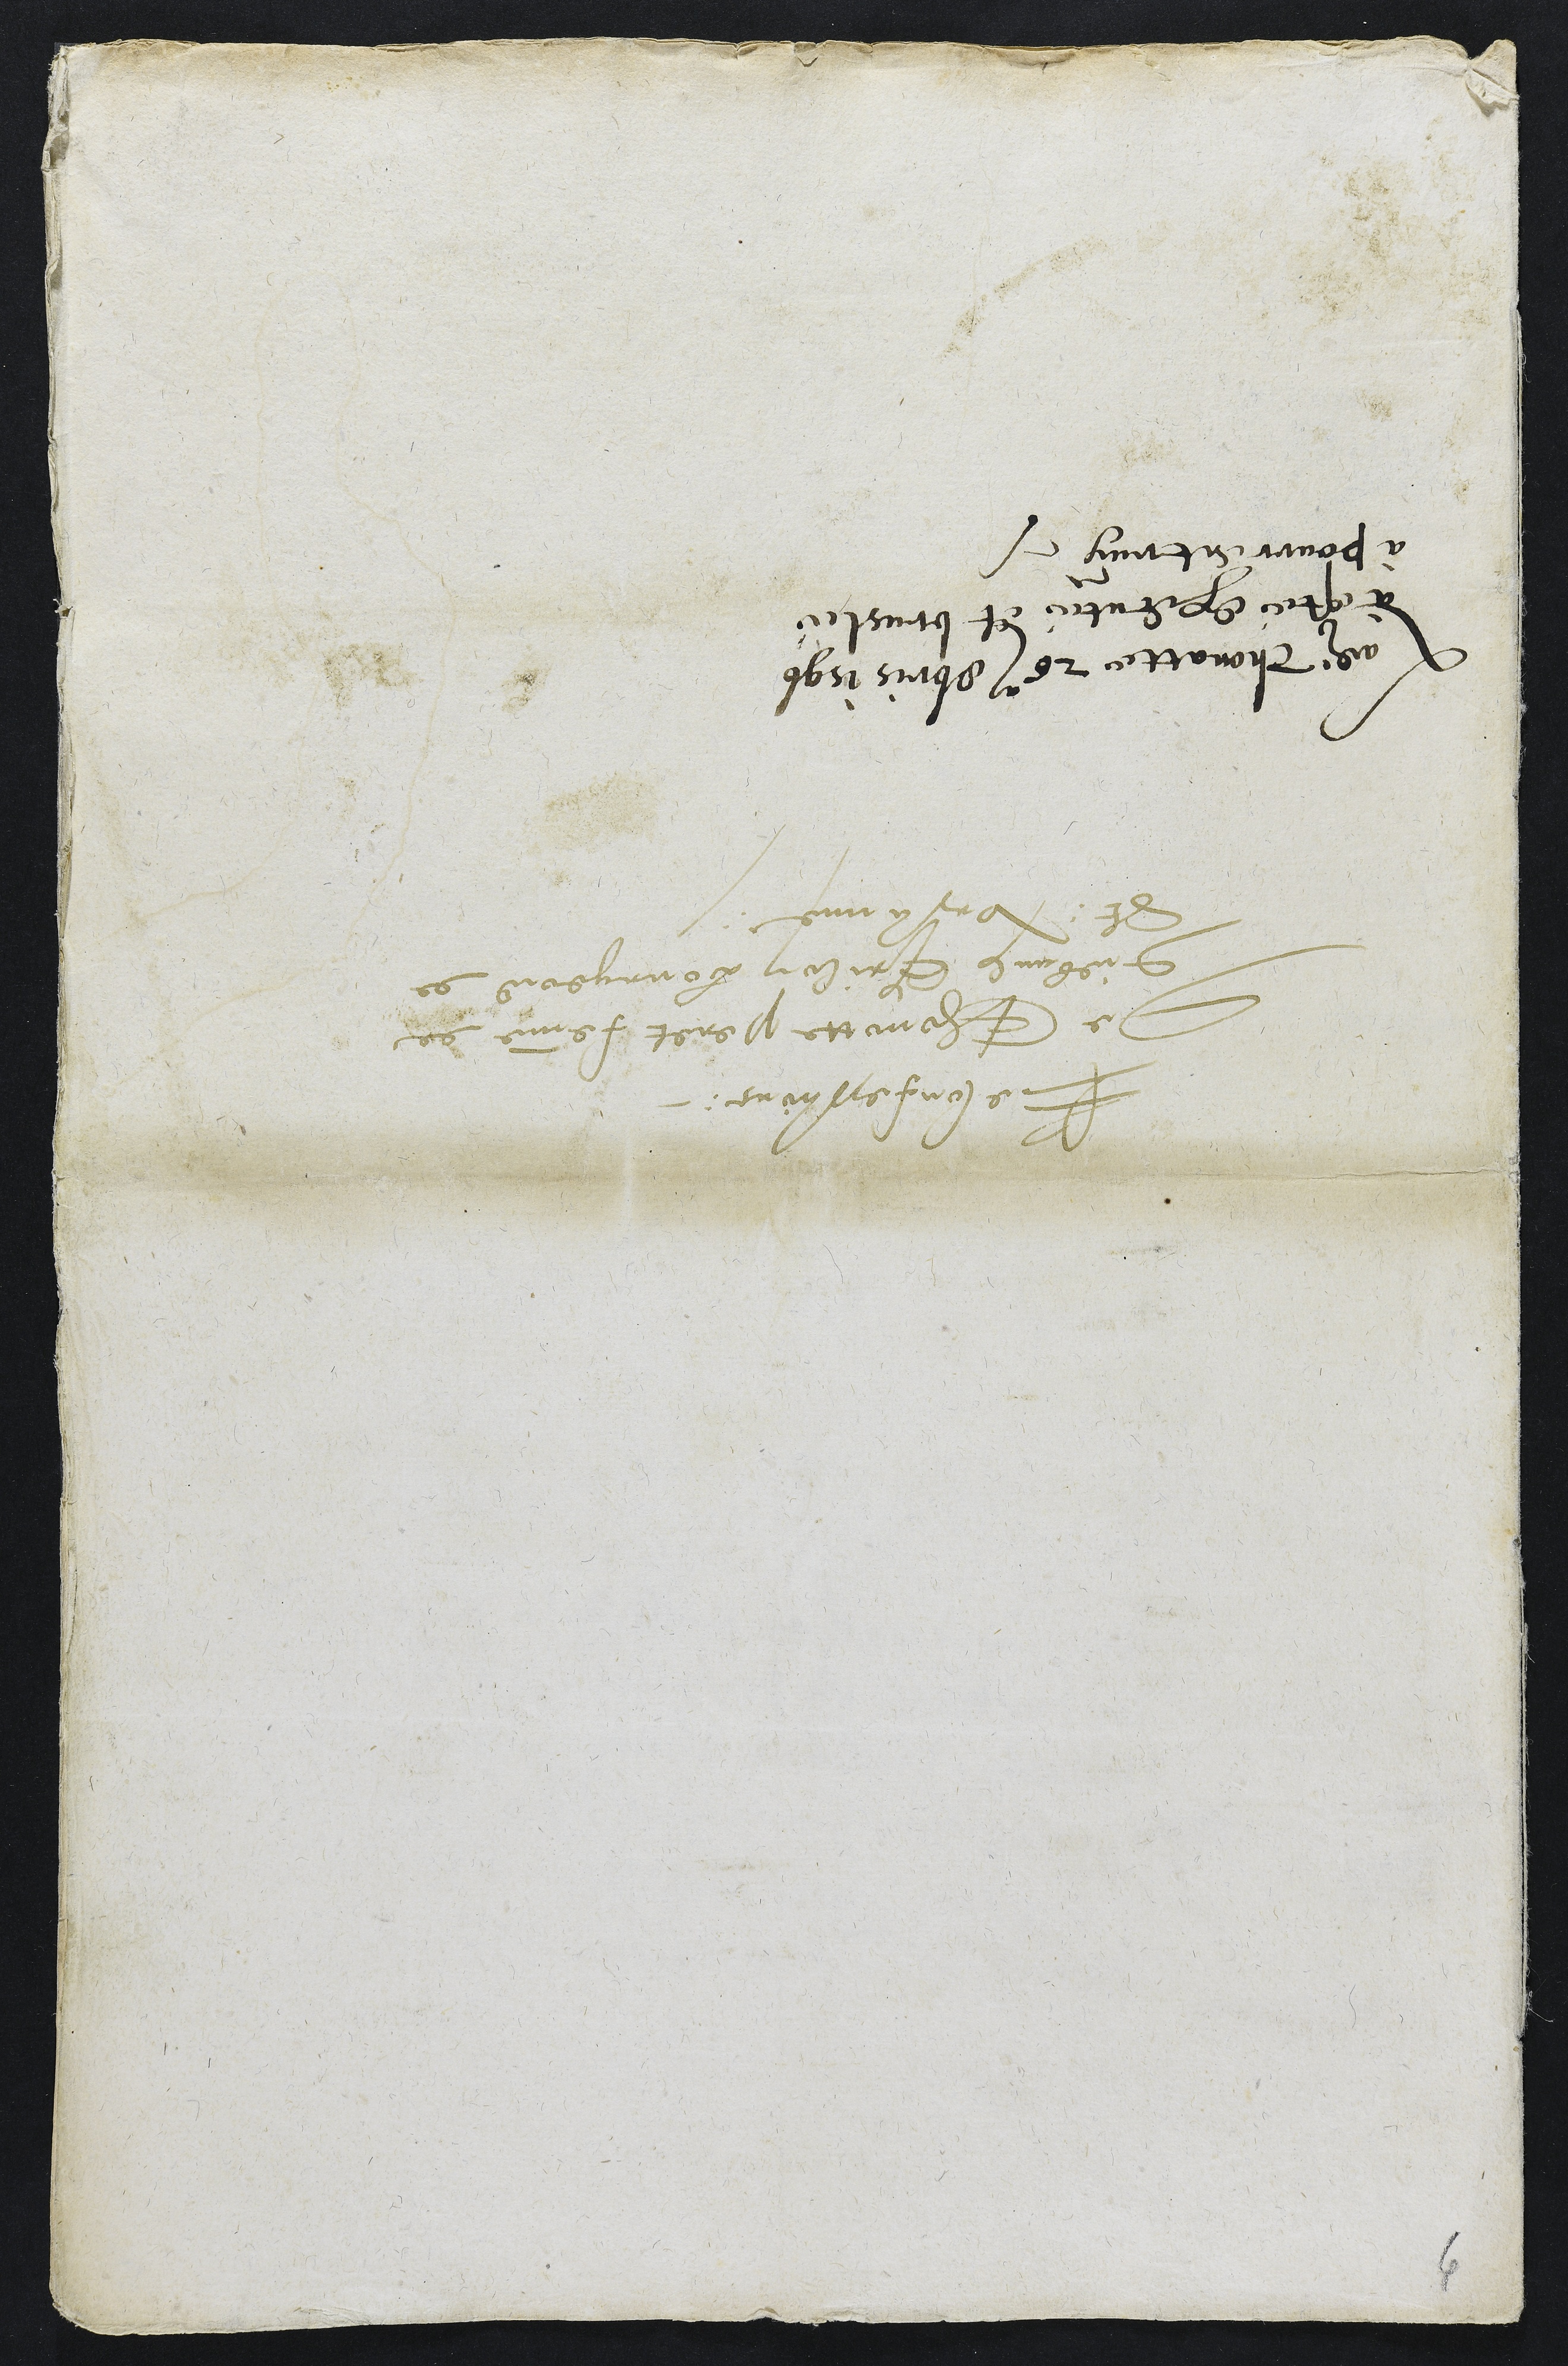
Reconfessions
De Thonotte Peret femme de
Diebaulx Grilon bourgeois de
St: Ursanne
Ladite Thonatte 26e 8bris 1596
à esté executé et bruslé
à Pourrentruy.
6